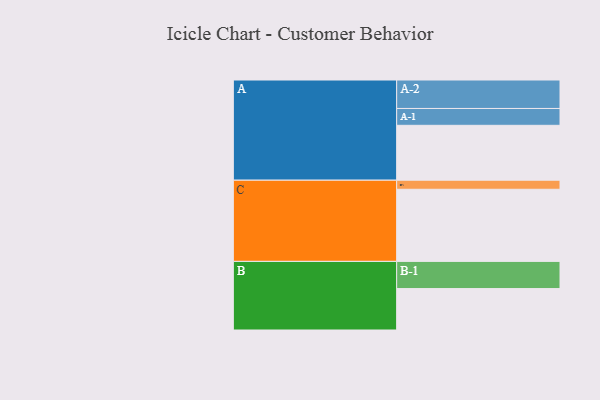
{"axis": {"x": "Segment", "y": "Value"}, "legend": ["", "A", "B", "C"], "data": [{"x": "A", "y": 424, "type": ""}, {"x": "B", "y": 320, "type": ""}, {"x": "C", "y": 557, "type": ""}, {"x": "A-1", "y": 130, "type": "A"}, {"x": "A-2", "y": 220, "type": "A"}, {"x": "B-1", "y": 210, "type": "B"}, {"x": "C-1", "y": 70, "type": "C"}]}